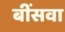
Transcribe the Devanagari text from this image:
बींसवा